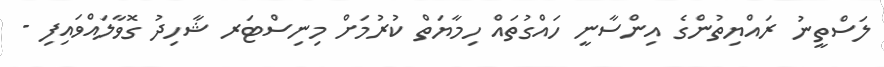
ލަސްތީނު ރައްޔިތުންގެ އިންސާނީ ހައްގުތައް ހިމާޔަތް ކުުރުމަށް މިނިސްޓަރ ޝާހިދު ގޮވާލައްވައިފި -